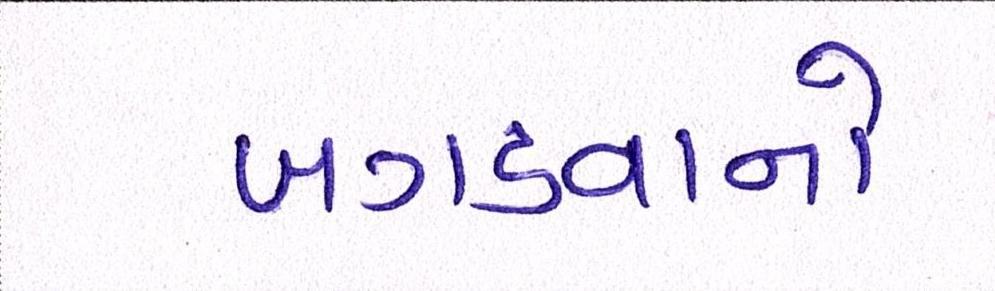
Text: બગડવાનો